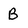
Character: B